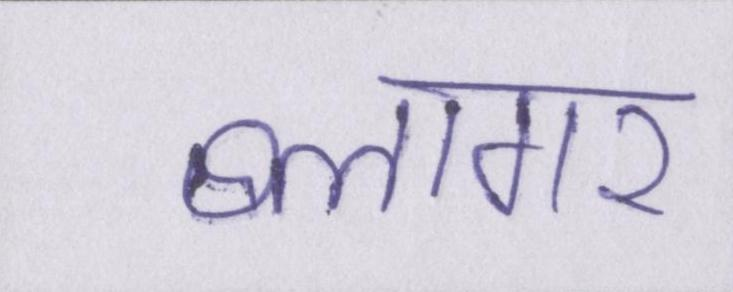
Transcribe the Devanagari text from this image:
ब्लागर